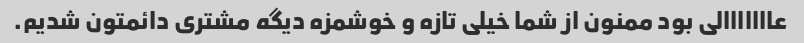
عااااااالی بود ممنون از شما خیلی تازه و خوشمزه دیگه مشتری دائمتون شدیم.